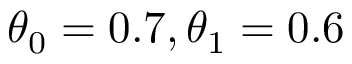
\theta _ { 0 } = 0 . 7 , \theta _ { 1 } = 0 . 6